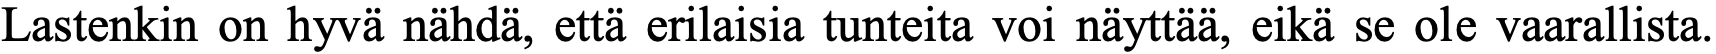
Lastenkin on hyvä nähdä, että erilaisia tunteita voi näyttää, eikä se ole vaarallista.